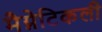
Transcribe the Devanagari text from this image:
मैग्नेटिकली